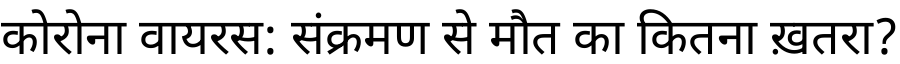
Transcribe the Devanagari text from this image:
कोरोना वायरस: संक्रमण से मौत का कितना ख़तरा?